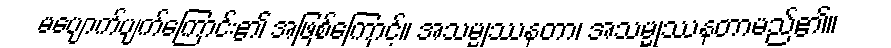
မပျောက်ပျက်ကြောင်း၏ အဖြစ်ကြောင့်။ အသမ္မုဿနတာ၊ အသမ္မုဿနတာမည်၏။